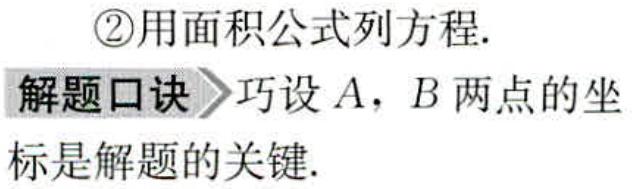
\textcircled{2}用面积公式列方程.
解题口诀 巧设 \(A\)，\(B\) 两点的坐
标是解题的关键.